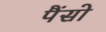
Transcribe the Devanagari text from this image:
पैंसो